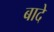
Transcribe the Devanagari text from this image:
बादे